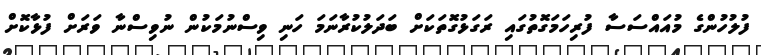
ފުލުހުންގެ މުއައްސަސާ ފުރިހަމަގޮތުގައި ރަގަޅުގޮތަކަށް ބަދަލުކުރާނަމަ ހަނި ވިސްނުމަކުން ނުވިސްނާ ވަރަށް ފުޅާކޮށް